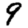
Digit: 9